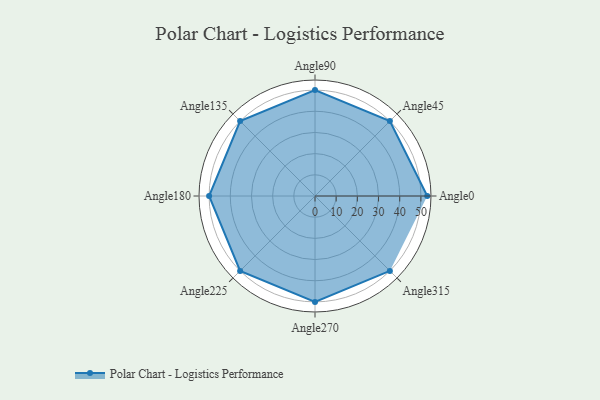
{"axis": {"x": "Angle", "y": "Radius"}, "legend": [""], "data": [{"x": "Angle0", "y": 53.0, "type": ""}, {"x": "Angle45", "y": 50, "type": ""}, {"x": "Angle90", "y": 50, "type": ""}, {"x": "Angle135", "y": 50, "type": ""}, {"x": "Angle180", "y": 50, "type": ""}, {"x": "Angle225", "y": 50, "type": ""}, {"x": "Angle270", "y": 50, "type": ""}, {"x": "Angle315", "y": 50, "type": ""}]}